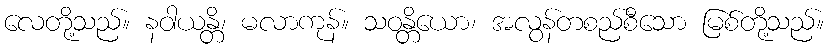
လေတို့သည်။ နဝါယန္တိ၊ မလာကုန်။ သဝန္တိယော၊ အလွန်တစည်စီသော မြစ်တို့သည်။